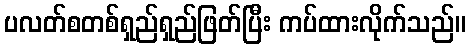
ပလတ်စတစ်ရှည်ရှည်ဖြတ်ပြီး ကပ်ထားလိုက်သည်။